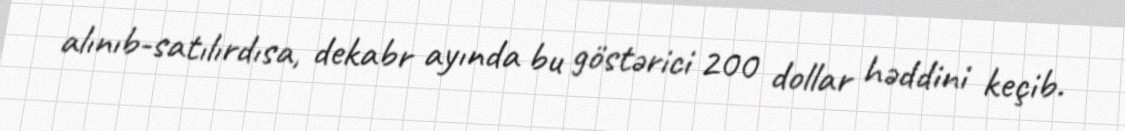
alınıb-satılırdısa, dekabr ayında bu göstərici 200 dollar həddini keçib.